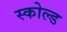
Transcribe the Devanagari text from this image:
स्कोल्ड